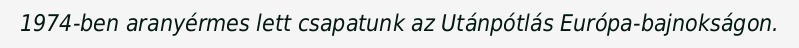
1974-ben aranyérmes lett csapatunk az Utánpótlás Európa-bajnokságon.